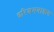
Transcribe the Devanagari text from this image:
इरिञ्चमबाक्कम